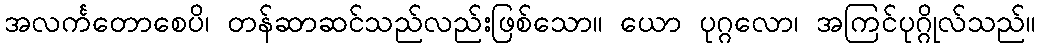
အလင်္ကတောစေပိ၊ တန်ဆာဆင်သည်လည်းဖြစ်သော။ ယော ပုဂ္ဂလော၊ အကြင်ပုဂ္ဂိုလ်သည်။